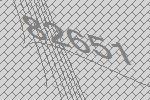
82651